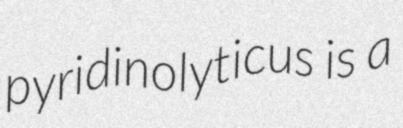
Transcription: pyridinolyticus is a